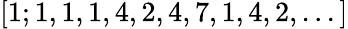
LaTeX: [1;1,1,1,4,2,4,7,1,4,2,...]